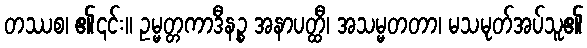
တဿစ၊ ၏၎င်း။ ဥမ္မတ္တကာဒီနဉ္စ အနာပတ္ထီ၊ အသမ္မတတာ၊ မသမုတ်အပ်သူ၏